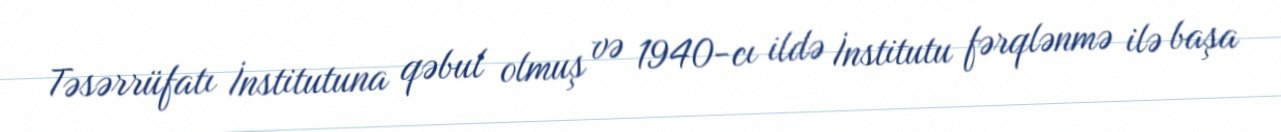
Təsərrüfatı İnstitutuna qəbul olmuş və 1940-cı ildə İnstitutu fərqlənmə ilə başa